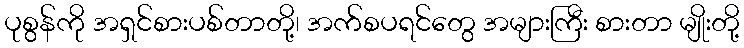
ပုစွန်ကို အရှင်စားပစ်တာတို့၊ အက်စပရင်တွေ အများကြီး စားတာ မျိုးတို့